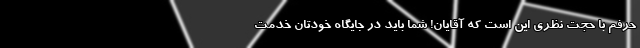
حرفم با حجت نظری این است که آقایان! شما باید در جایگاه خودتان خدمت